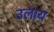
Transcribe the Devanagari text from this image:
उलाय